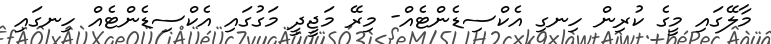
މާލޭގައި މީގެ ކުރިން ހިނގި އެކްސިޑެންޓެއް- މިރޭ މަޖީދީ މަގުގައި އެކްސިޑެންޓެއް ހިނގައި